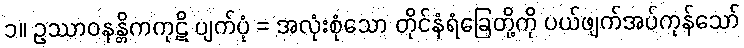
၁။ ဥဿာဝနန္တိကကုဋိ ပျက်ပုံ = အလုံးစုံသော တိုင်နံရံခြေတို့ကို ပယ်ဖျက်အပ်ကုန်သော်